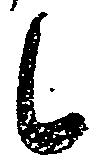
候